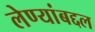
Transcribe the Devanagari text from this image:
लेण्यांबद्दल